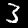
Label: 3